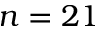
n = 2 1